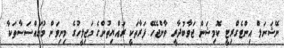
ނޭޝަނަލް އިންޓެގްރިޓީ ކޮމިޝަން ޖަވާބުދާރީ ވާންޖެހޭ ފަރާތަކީ ރައްޔިތުންގެ މަޖިލީހުގެ މިނިވަން މުޢައްސަސާތަކާ